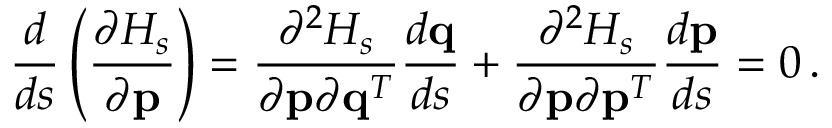
\frac { d } { d s } \left( \frac { \partial { \cal H } _ { s } } { \partial { \bf p } } \right) = \frac { \partial ^ { 2 } { \cal H } _ { s } } { \partial { \bf p } \partial { \bf q } ^ { T } } \frac { d { \bf q } } { d s } + \frac { \partial ^ { 2 } { \cal H } _ { s } } { \partial { \bf p } \partial { \bf p } ^ { T } } \frac { d { \bf p } } { d s } = 0 \, .